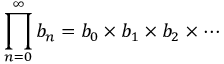
\prod _ { n = 0 } ^ { \infty } b _ { n } = b _ { 0 } \times b _ { 1 } \times b _ { 2 } \times \cdots